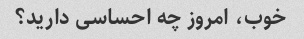
خوب، امروز چه احساسی دارید؟